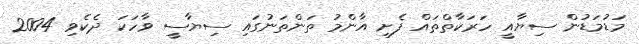
މަޑުމަޑުން ސިޔާއީ ހަރަކާތްތައް ފެށި އާންމު ތަންތަނުގައި ސިޔާސީ ވާހަކަ ދެކެވި 2004